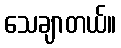
သေချာတယ်။